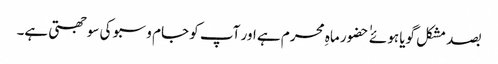
بصد مشکل گویا ہوئے ٰ ٰ حضور ماہِ محرم ہے اور آپ کو جام و سبو کی سوجھتی ہے۔